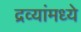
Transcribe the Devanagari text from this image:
द्रव्यांमध्ये